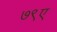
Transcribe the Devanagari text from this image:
७९ए